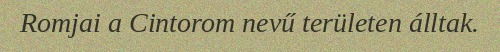
Romjai a Cintorom nevű területen álltak.